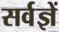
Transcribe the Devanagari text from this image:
सर्वज्ञें